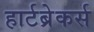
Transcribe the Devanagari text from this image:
हार्टब्रेकर्स